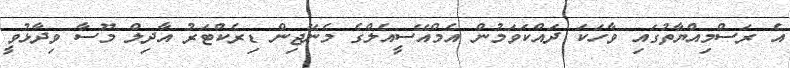
އެ ރަސްމިއްޔާތުގައި ވާހަކަ ދައްކަވަމުން އެމްއޭސީއެލްގެ މެނޭޖިން ޑިރެކްޓަރު އާދިލް މޫސާ ވިދާޅުވީ